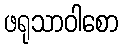
ဖရုသာဝါစော